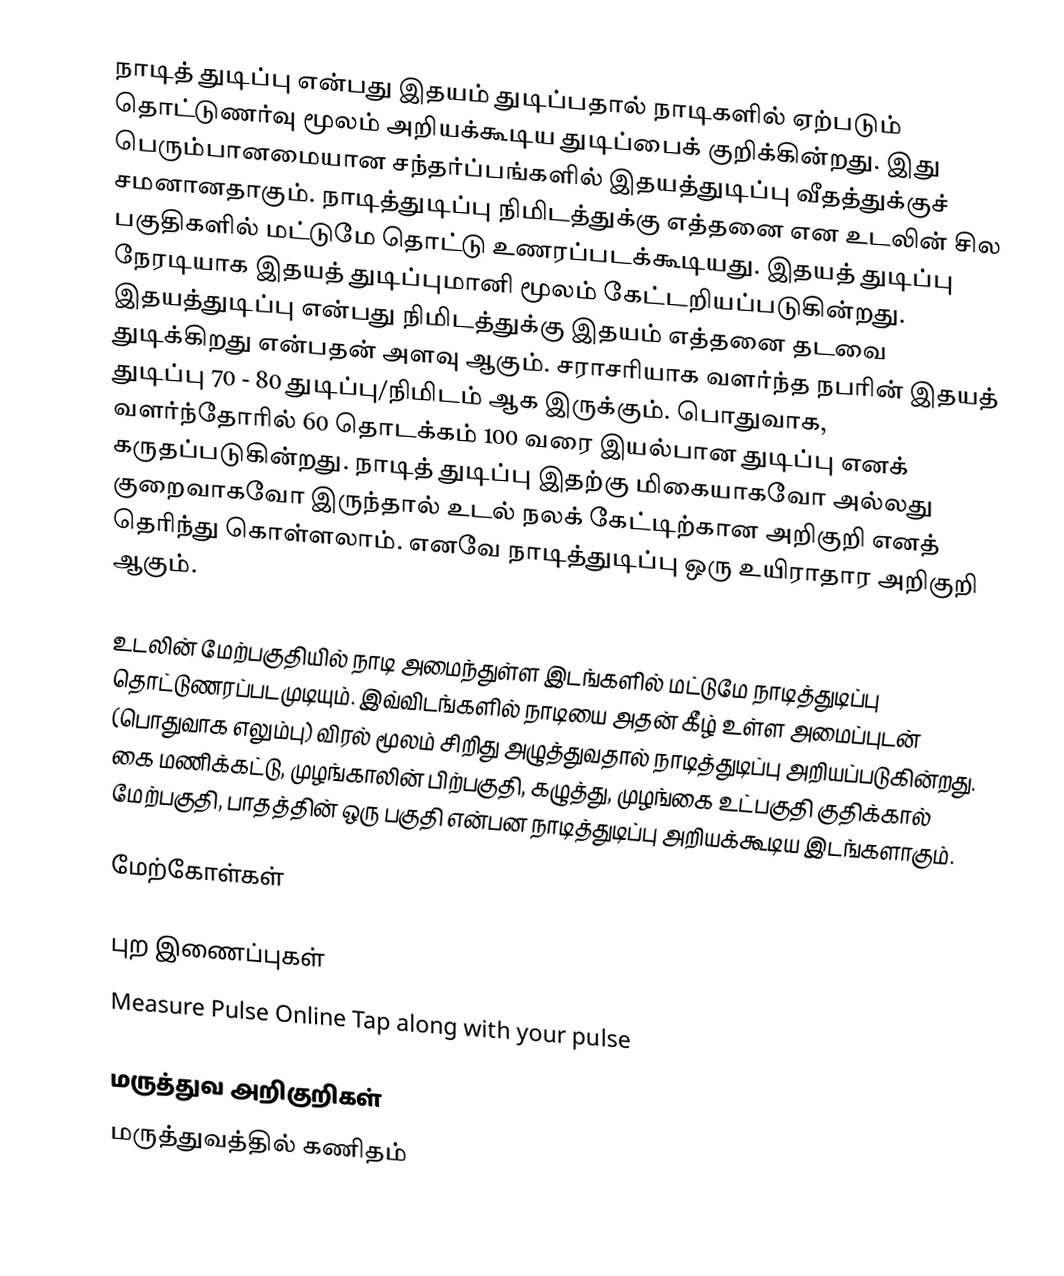
நாடித் துடிப்பு என்பது இதயம் துடிப்பதால் நாடிகளில் ஏற்படும் தொட்டுணர்வு மூலம் அறியக்கூடிய துடிப்பைக் குறிக்கின்றது. இது பெரும்பானமையான சந்தர்ப்பங்களில் இதயத்துடிப்பு வீதத்துக்குச் சமனானதாகும். நாடித்துடிப்பு நிமிடத்துக்கு எத்தனை என உடலின் சில பகுதிகளில் மட்டுமே தொட்டு உணரப்படக்கூடியது. இதயத் துடிப்பு நேரடியாக இதயத் துடிப்புமானி மூலம் கேட்டறியப்படுகின்றது. இதயத்துடிப்பு என்பது நிமிடத்துக்கு இதயம்  எத்தனை தடவை துடிக்கிறது என்பதன் அளவு ஆகும். சராசரியாக வளர்ந்த நபரின் இதயத் துடிப்பு 70 -  80 துடிப்பு/நிமிடம் ஆக இருக்கும். பொதுவாக, வளர்ந்தோரில் 60  தொடக்கம் 100 வரை இயல்பான துடிப்பு எனக் கருதப்படுகின்றது.  நாடித் துடிப்பு இதற்கு மிகையாகவோ அல்லது குறைவாகவோ இருந்தால்  உடல் நலக் கேட்டிற்கான அறிகுறி எனத் தெரிந்து கொள்ளலாம். எனவே நாடித்துடிப்பு ஒரு உயிராதார அறிகுறி ஆகும்.

உடலின் மேற்பகுதியில் நாடி அமைந்துள்ள இடங்களில் மட்டுமே நாடித்துடிப்பு தொட்டுணரப்படமுடியும். இவ்விடங்களில் நாடியை அதன் கீழ் உள்ள அமைப்புடன் (பொதுவாக எலும்பு) விரல் மூலம் சிறிது அழுத்துவதால் நாடித்துடிப்பு அறியப்படுகின்றது. கை மணிக்கட்டு, முழங்காலின் பிற்பகுதி, கழுத்து, முழங்கை உட்பகுதி குதிக்கால் மேற்பகுதி, பாதத்தின் ஒரு பகுதி என்பன நாடித்துடிப்பு அறியக்கூடிய இடங்களாகும்.

மேற்கோள்கள்

புற இணைப்புகள்
 Measure Pulse Online Tap along with your pulse

மருத்துவ அறிகுறிகள்
மருத்துவத்தில் கணிதம்